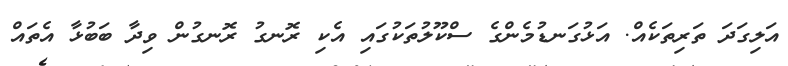
އަލިގަދަ ތަރިތަކެއް. އަޅުގަނޑުމެންގެ ސްކޫލުތަކުގައި އެކި ރޮނގު ރޮނގުން ވިދާ ބަބުޅާ އެތައް